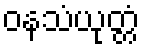
ဝနသံယုတ္တံ